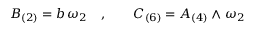
B _ { ( 2 ) } = b \, \omega _ { 2 } \quad , \qquad C _ { ( 6 ) } = A _ { ( 4 ) } \wedge \omega _ { 2 }